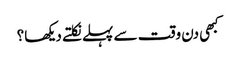
کبھی دن وقت سے پہلے نکلتے دیکھا؟